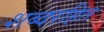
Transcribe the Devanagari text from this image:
शब्दरहित